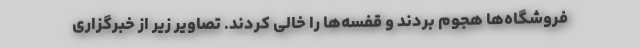
فروشگاه‌ها هجوم بردند و قفسه‌ها را خالی کردند. تصاویر زیر از خبرگزاری